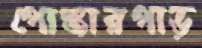
পোস্তারপাড়